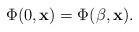
LaTeX: \begin{align*}\Phi(0,{\bf x})=\Phi(\beta,{\bf x}).\end{align*}